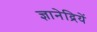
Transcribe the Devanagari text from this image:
ज्ञानेद्रियें